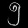
Digit: ၅